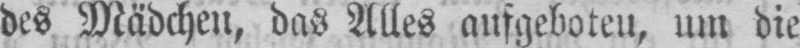
des Mädchen, das Alles aufgeboten, um die